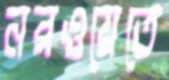
নরওয়েতে